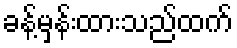
ခန့်မှန်းထားသည်ထက်